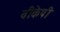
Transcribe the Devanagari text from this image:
वीकेपी